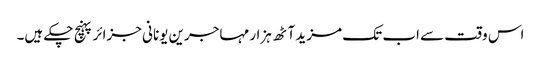
اس وقت سے اب تک ‌مزید آٹھ ہزار مہاجرین یونانی جزائر پہنچ چکے ہیں۔